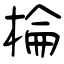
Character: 棆